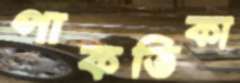
পাকতিকা